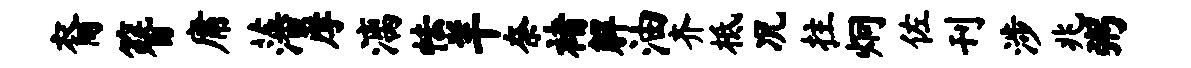
裔簪庸藩摩漓怯羊奈褚解油齐柢况拄炯佐刊涉兆粥